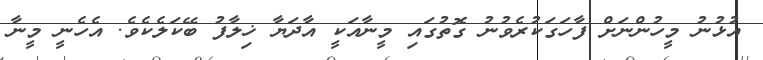
އުޅުނު މީހުންނަށް ފާހަގަކުރެވުނު ގޮތުގައި މީނާއަކީ އާދަޔާ ޚިލާފު ބޭކަލެކެވެ. އެހެނީ މީނާ